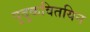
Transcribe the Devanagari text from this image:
पुदुकवितयिन